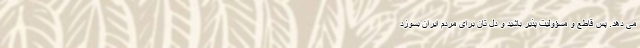
می دهد. پس قاطع و مسؤولیت پذیر باشید و دل تان برای مردم ایران بسوزد